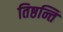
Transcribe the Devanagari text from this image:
तिष्ठन्ति